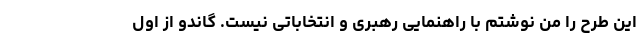
این طرح را من نوشتم با راهنمایی رهبری و انتخاباتی نیست. گاندو از اول